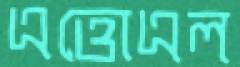
এত্তোএল